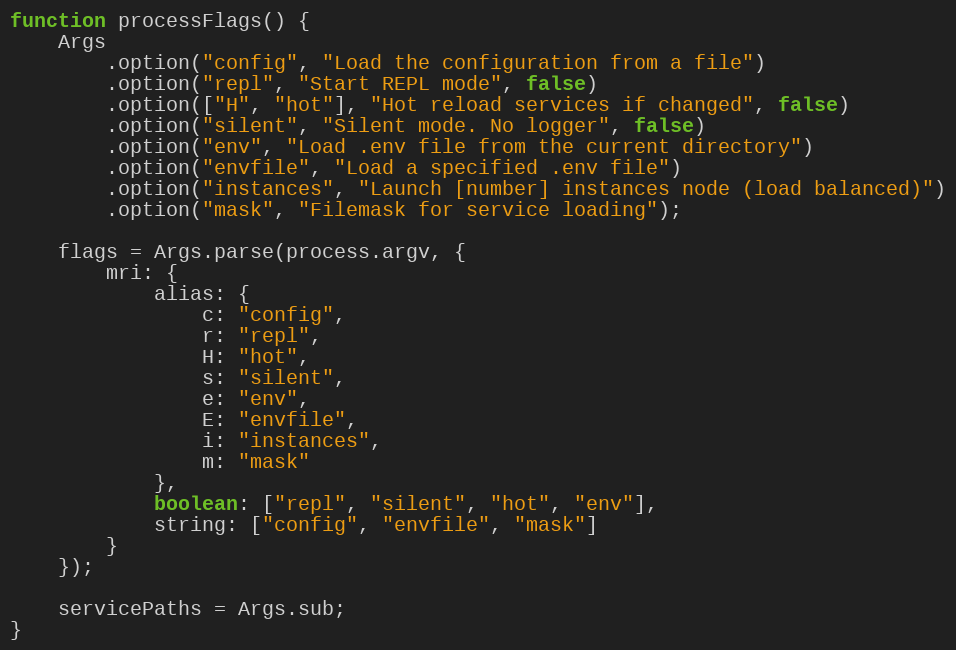
Language: JavaScript
function processFlags() {
	Args
		.option("config", "Load the configuration from a file")
		.option("repl", "Start REPL mode", false)
		.option(["H", "hot"], "Hot reload services if changed", false)
		.option("silent", "Silent mode. No logger", false)
		.option("env", "Load .env file from the current directory")
		.option("envfile", "Load a specified .env file")
		.option("instances", "Launch [number] instances node (load balanced)")
		.option("mask", "Filemask for service loading");

	flags = Args.parse(process.argv, {
		mri: {
			alias: {
				c: "config",
				r: "repl",
				H: "hot",
				s: "silent",
				e: "env",
				E: "envfile",
				i: "instances",
				m: "mask"
			},
			boolean: ["repl", "silent", "hot", "env"],
			string: ["config", "envfile", "mask"]
		}
	});

	servicePaths = Args.sub;
}